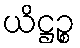
ယိဋ္ဌဉ္စ